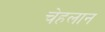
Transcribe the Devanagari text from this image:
चेहलान